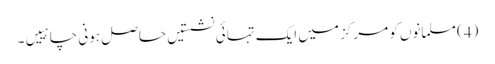
(4) مسلمانوں کو مرکز میں ایک تہائی نشستیں حاصل ہونی چاہییں۔